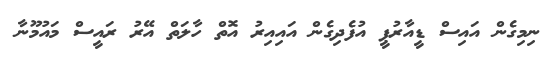
ނިމިގެން އައިސް ޑީއާރުޕީ އުފެދިގެން އައިއިރު އޮތް ހާލަތް އޭރު ރައީސް މައުމޫނާ